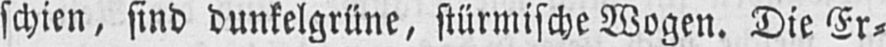
schien, sind dunkelgrüne, stürmische Wogen. Die Er⸗